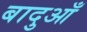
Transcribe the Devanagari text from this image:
बादुआँ